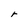
Character: r